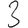
Digit: 3